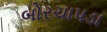
બોરચાપડા